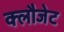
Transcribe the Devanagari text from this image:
क्लौजेट